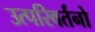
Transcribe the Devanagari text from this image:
उत्परिवर्तनो